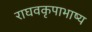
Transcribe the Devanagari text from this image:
राघवकृपाभाष्य